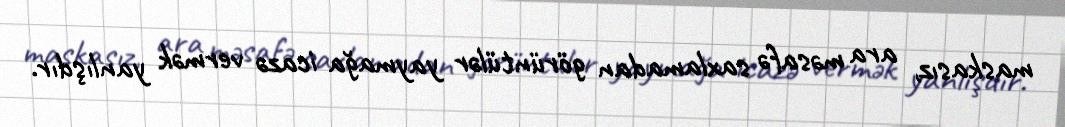
maskasız, ara məsafə saxlamadan görüntülər yaymağa icazə vermək yanlışdır.